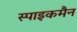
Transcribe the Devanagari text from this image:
स्पाइकमैन